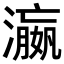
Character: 𬉑